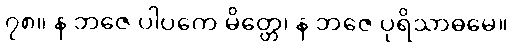
၇၈။ န ဘဇေ ပါပကေ မိတ္တေ၊ န ဘဇေ ပုရိသာဓမေ။